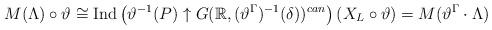
LaTeX: \begin{align*} M(\Lambda) \circ \vartheta \cong \mathrm{Ind}\left( \vartheta^{-1}(P)\uparrow G(\mathbb{R}, (\vartheta^{\Gamma})^{-1}(\delta) )^{can} \right)(X_{L} \circ \vartheta) =M(\vartheta^{\Gamma} \cdot \Lambda)\end{align*}